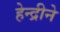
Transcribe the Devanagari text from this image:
हेन्द्रीने